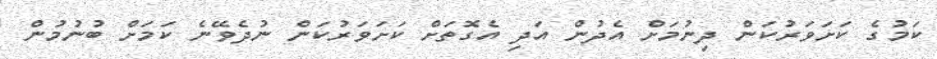
ކަމުގެ ކަށަވަރުކަން ދިނުމަށް އެދުން އަދި އެގޮތަށް ކަށަވަރުކަން ނުދެވޭނެ ކަމަށް ބުނުމުން